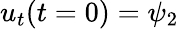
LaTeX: u_{t}(t=0)=\psi_{2}